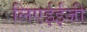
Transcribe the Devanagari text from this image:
लिएईईजी